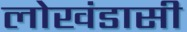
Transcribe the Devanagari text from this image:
लोखंडासी